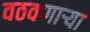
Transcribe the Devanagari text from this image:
वठवणार्‍या